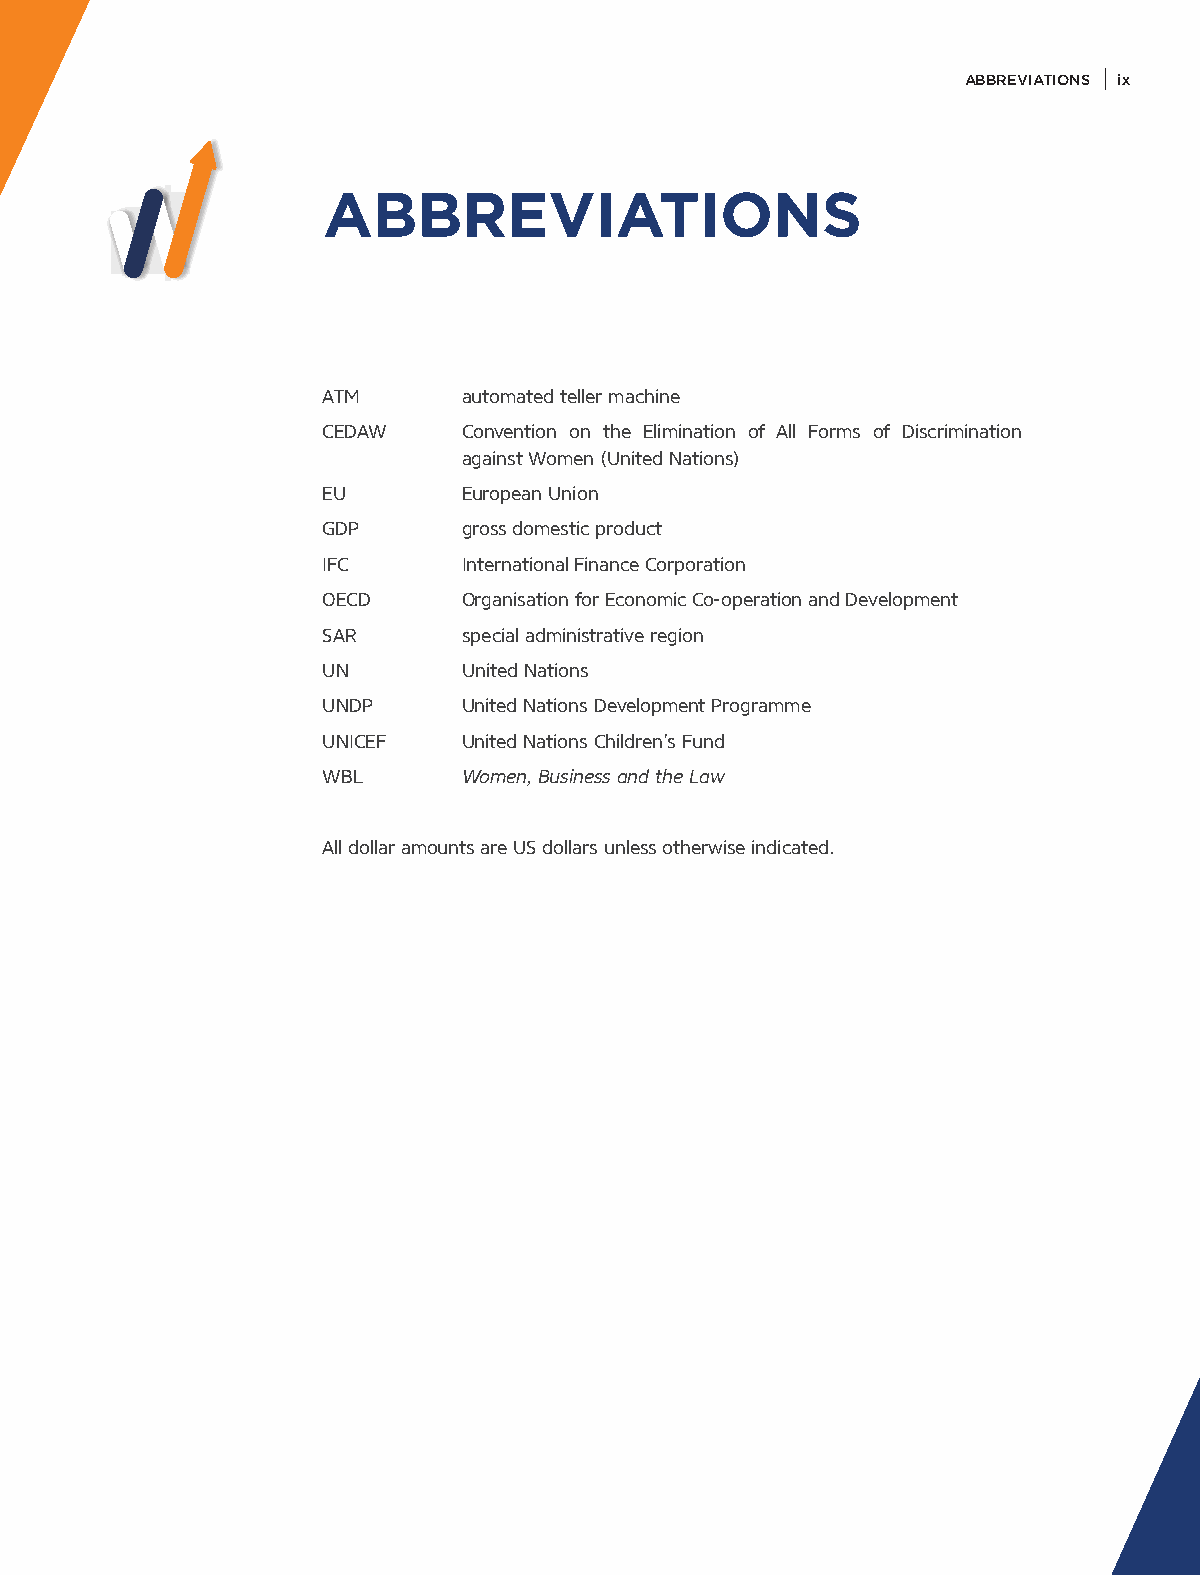
ABBREVIATIONS ix
 ABBREVIATIONS
 ATM       automated teller machine
 CEDAW     Convention on the Elimination of All Forms of Discrimination
 against Women (United Nations)
 EU        European Union
 GDP       gross domestic product
 IFC       International Finance Corporation
 OECD      Organisation for Economic Co-operation and Development
 SAR       special administrative region
 UN        United Nations
 UNDP      United Nations Development Programme
 UNICEF    United Nations Children’s Fund
 WBL       Women, Business and the Law
 All dollar amounts are US dollars unless otherwise indicated.